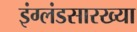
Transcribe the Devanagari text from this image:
इंग्लंडसारख्या